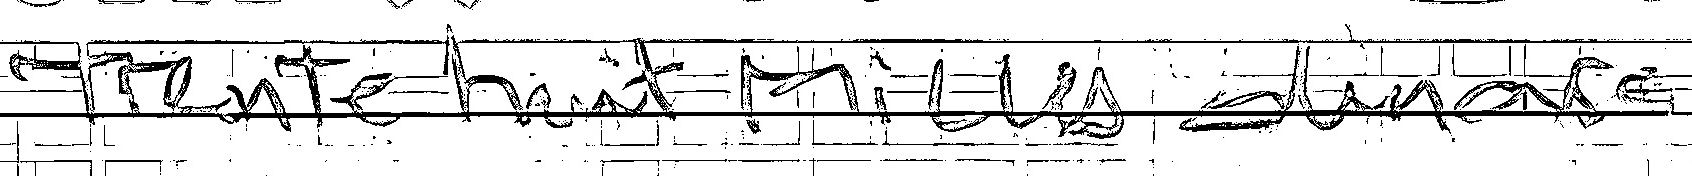
Trente huit Milles dinars